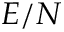
E / N